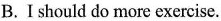
B.I should do more exercise.